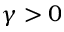
\gamma > 0